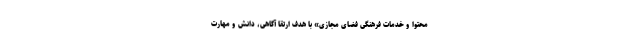
محتوا و خدمات فرهنگی فضای مجازی» با هدف ارتقا آگاهی، دانش و مهارت